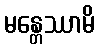
မန္တေဿာမိ